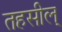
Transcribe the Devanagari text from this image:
तहसील्